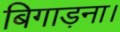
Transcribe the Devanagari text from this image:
बिगाड़ना।